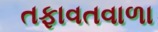
તફાવતવાળા